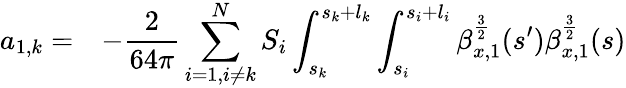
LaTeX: \begin{array}{cl}{\displaystyle a_{1,k}=}&{\displaystyle-\frac{2}{64\pi}\sum_{i=1,i\neq k}^{N}{S_{i}\int_{s_{k}}^{s_{k}+l_{k}}{\int_{s_{i}}^{s_{i}+l_{i}}{\beta_{x,1}^{\frac{3}{2}}(s^{\prime})\beta_{x,1}^{\frac{3}{2}}(s)}}}}\end{array}